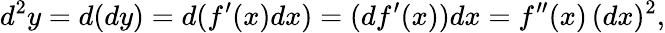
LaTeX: d^{2}y=d(dy)=d(f^{\prime}(x)dx)=(df^{\prime}(x))dx=f^{\prime\prime}(x)\, (dx)^{2},